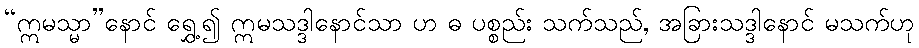
“ဣမသ္မာ”နောင် ရွှေ့၍ ဣမသဒ္ဒါနောင်သာ ဟ ဓ ပစ္စည်း သက်သည်, အခြားသဒ္ဒါနောင် မသက်ဟု